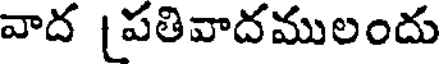
వాద [పతివాదములందు